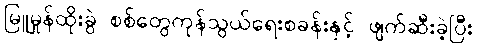
မြူမှုန်ထိုးခွဲ စစ်တွေကုန်သွယ်ရေးစခန်းနှင့် ဖျက်ဆီးခဲ့ပြီး